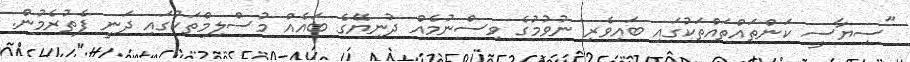
"ސިޔާސީ ކަންތައްތައްތަކުގައި ބައިވެރި ނުވުމުގެ ވިސްނުމެއް ދުނިޔޭގެ ބައެއް މުސްލިމްތަކުގައި ދަނީ ފެތުރެމުން.